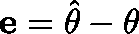
\mathbf { e } = { \hat { \mathbf { \theta } } } - \mathbf { \theta }